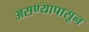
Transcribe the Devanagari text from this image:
असण्यापासून